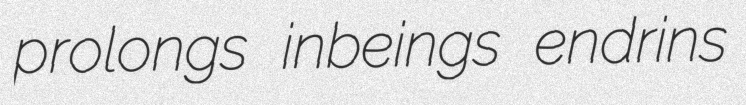
prolongs inbeings endrins